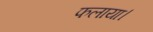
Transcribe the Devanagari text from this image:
फलाया।